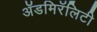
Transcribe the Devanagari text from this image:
ॲडमिरॅलिटी